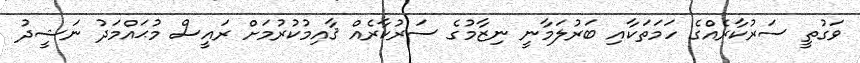
ވަގުތީ ސަރުކާރެއްގެ ހަމަތަކާއި ބަރުލަމާނީ ނިޒާމުގެ ސަރުކާރެއް ޤާއިމުކުރުމަށް ރައީސް މުޙައްމަދު ނަޝީދު